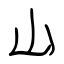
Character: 山